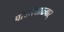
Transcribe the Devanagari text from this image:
पोय्गैयाळ्वार्